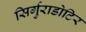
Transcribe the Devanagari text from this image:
सिर्गुराडोटिर